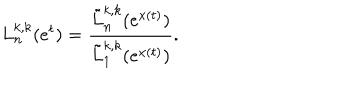
LaTeX: L _ { n } ^ { k , k } ( e ^ { t } ) = \frac { \tilde { L } _ { n } ^ { k , k } ( e ^ { x ( t ) } ) } { \tilde { L } _ { 1 } ^ { k , k } ( e ^ { x ( t ) } ) } .